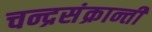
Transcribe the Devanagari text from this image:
चन्द्रसंक्रान्ती